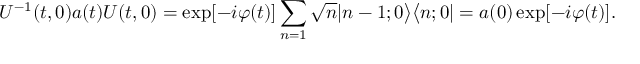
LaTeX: U ^ { - 1 } ( t , 0 ) a ( t ) U ( t , 0 ) = \exp [ - i \varphi ( t ) ] \sum _ { n = 1 } \sqrt { n } | n - 1 ; 0 \bigr > \bigl < n ; 0 | = a ( 0 ) \exp [ - i \varphi ( t ) ] .